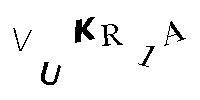
VUKR1A